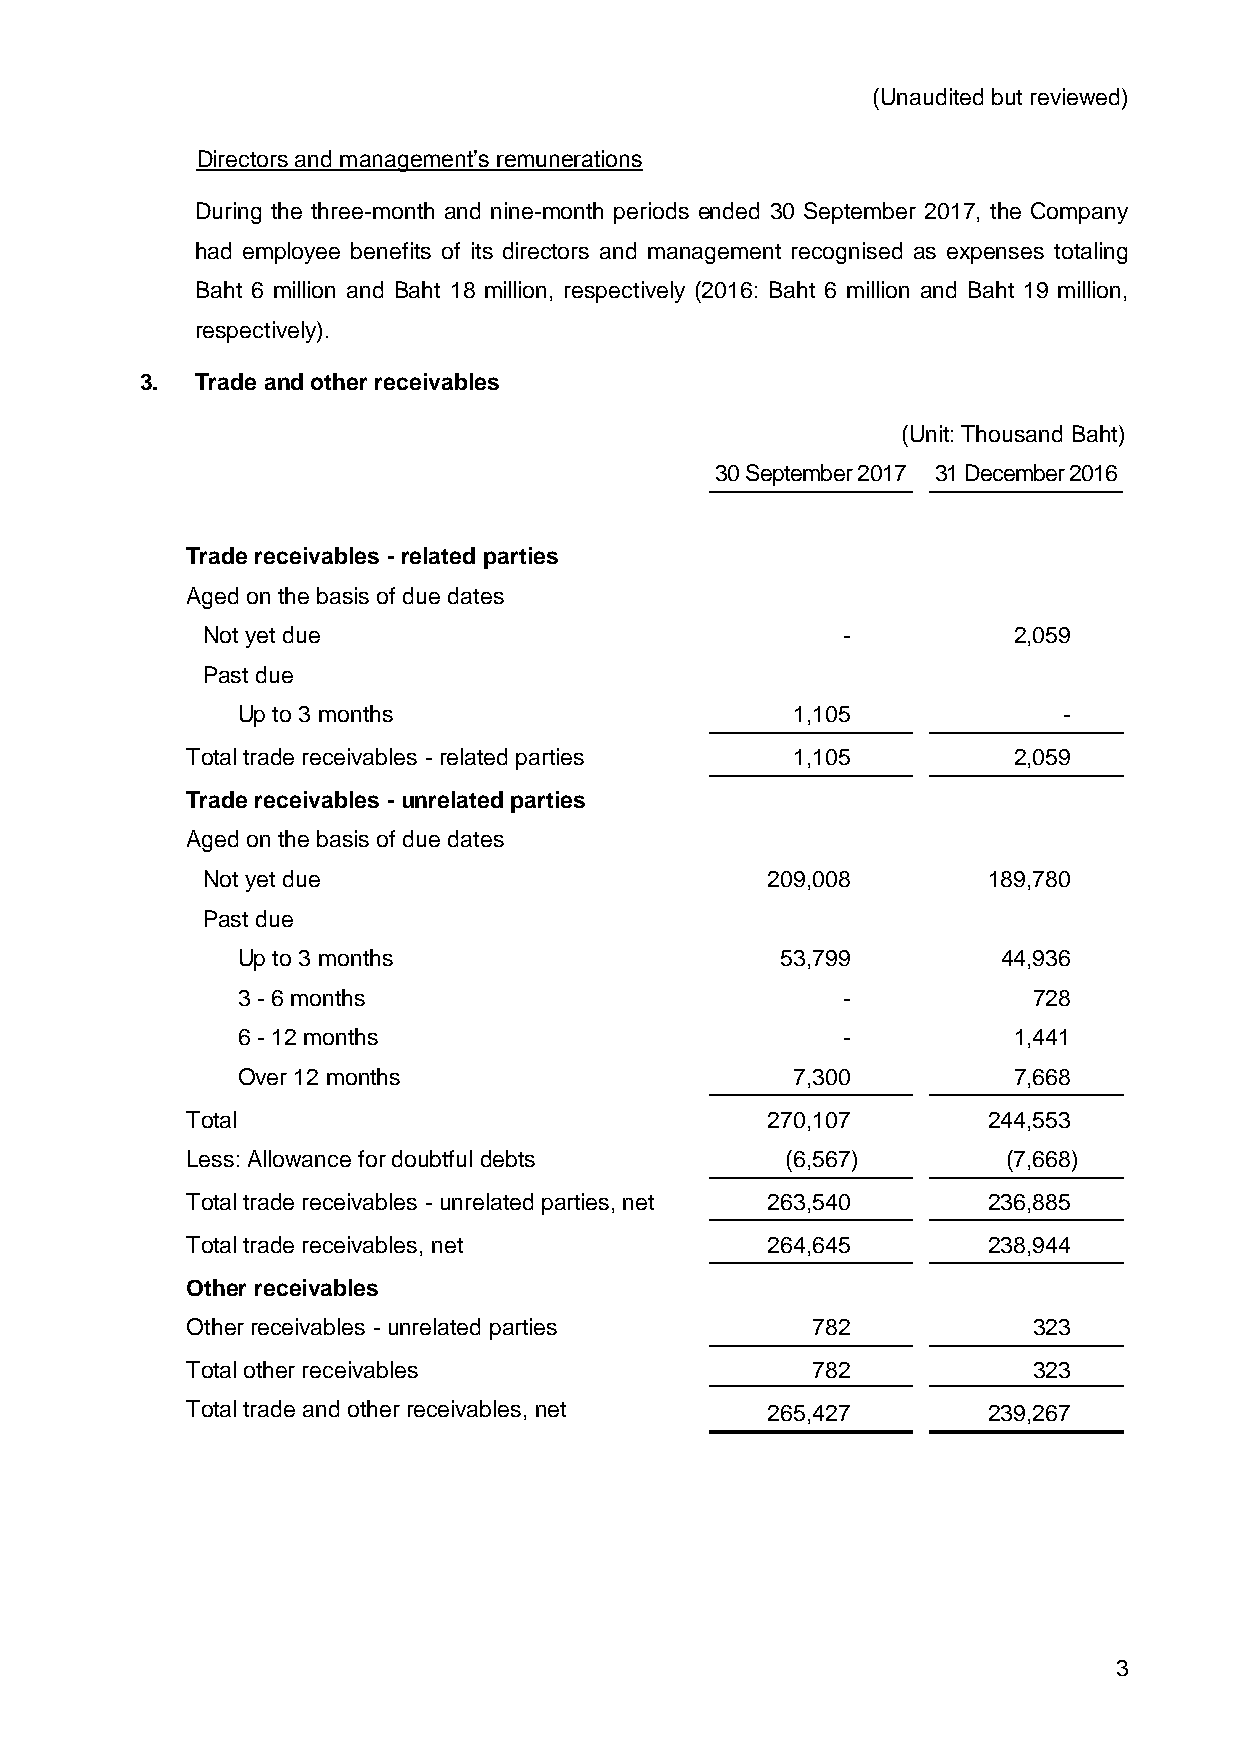
(Unaudited but reviewed)
 Directors and management’s remunerations
 During the three-month and nine-month periods ended 30 September 2017, the Company
 had employee benefits of its directors and management recognised as expenses totaling
 Baht 6 million and Baht 18 million, respectively (2016: Baht 6 million and Baht 19 million,
 respectively).
 3.  Trade and other receivables
 (Unit: Thousand Baht)
 30 September 2017 31 December 2016
 Trade receivables - related parties
 Aged on the basis of due dates
 Not yet due                                -          2,059
 Past due
 Up to 3 months                      1,105             -
 Total trade receivables - related parties 1,105        2,059
 Trade receivables - unrelated parties
 Aged on the basis of due dates
 Not yet due                           209,008       189,780
 Past due
 Up to 3 months                      53,799        44,936
 3 - 6 months                            -           728
 6 - 12 months                           -          1,441
 Over 12 months                      7,300          7,668
 Total                                  270,107       244,553
 Less: Allowance for doubtful debts      (6,567)        (7,668)
 Total trade receivables - unrelated parties, net 263,540 236,885
 Total trade receivables, net           264,645       238,944
 Other receivables
 Other receivables - unrelated parties     782           323
 Total other receivables                   782           323
 Total trade and other receivables, net 265,427       239,267
 3